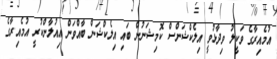
އުމެއިރާގެ ވަކީލު ވިދާޅުވީ އިލެކްޝަންސް ކޮމިޝަނުން ބައި އިލެކްޝަން ބާއްވަން އިއުލާންކުރީ އުމެއިރާގެ